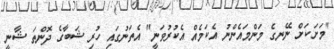
"މަށަކަށް ނޭނގެ މަންމައެންނު އެކަމެއް އެކުރުވަނީ" އެތަނުގައި ހުރި ޝަބާގެ ދޮންތަ ޝާނީ